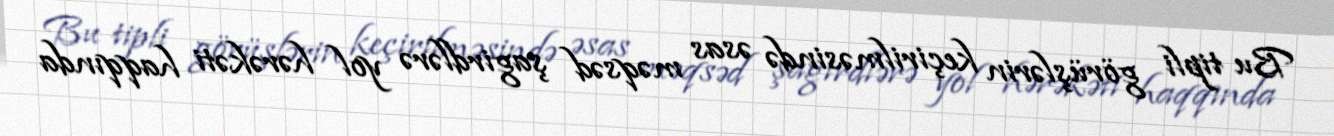
Bu tipli görüşlərin keçirilməsində əsas məqsəd şagirdlərə yol hərəkəti haqqında